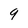
Character: 9